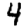
Digit: 4